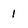
Character: 1